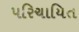
પરિચાયિત